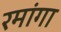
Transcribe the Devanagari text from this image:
रमांगा